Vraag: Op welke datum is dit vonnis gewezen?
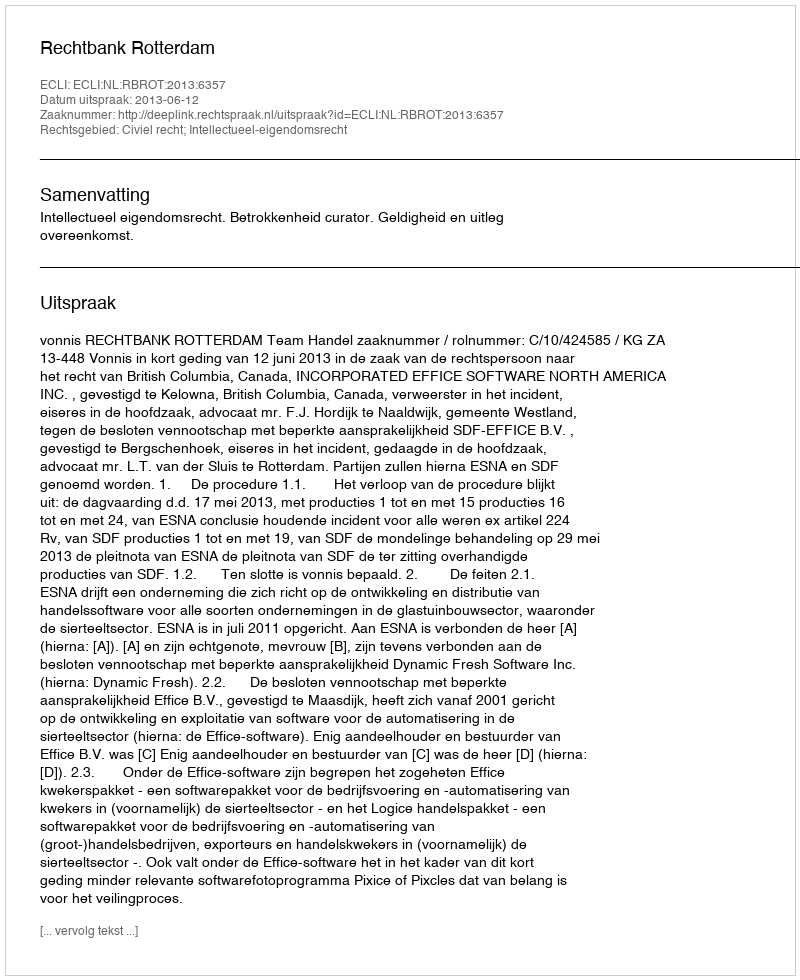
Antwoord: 2013-06-12